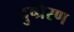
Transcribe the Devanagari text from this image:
दुष्प्रेरण